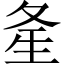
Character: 㚅